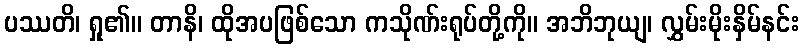
ပဿတိ၊ ရှု၏။ တာနိ၊ ထိုအပဖြစ်သော ကသိုဏ်းရုပ်တို့ကို။ အဘိဘုယျ၊ လွှမ်းမိုးနှိမ်နင်း